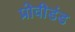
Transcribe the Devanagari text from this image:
प्रोवीडंड